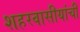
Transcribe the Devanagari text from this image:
शहरवासीयांची